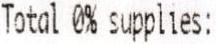
TOTAL 0% SUPPLIES: